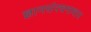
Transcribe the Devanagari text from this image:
ज्ञानसंरचनावाद